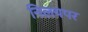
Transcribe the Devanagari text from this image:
निलयपर